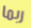
ربما